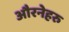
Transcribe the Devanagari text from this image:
औरनेहरु